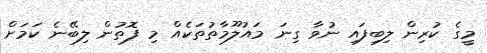
މީގެ ކުރިން ލިބިފައި ނުވާ ގިނަ މައުލޫމާތުތަކެއް މި ފޮތުން ލިބޭނެ ކަމަށް